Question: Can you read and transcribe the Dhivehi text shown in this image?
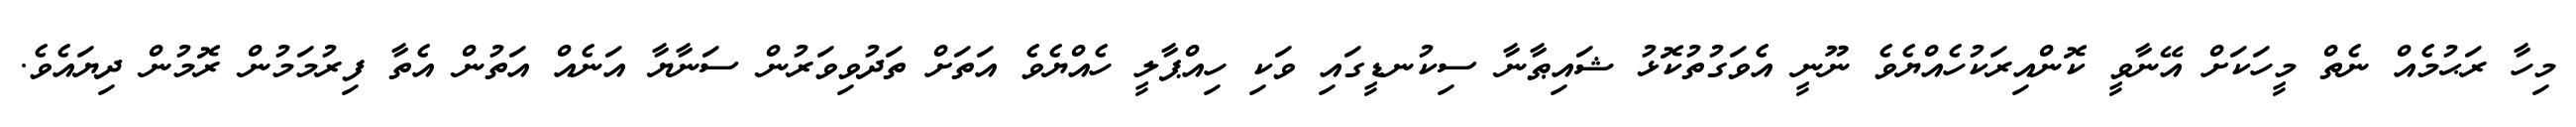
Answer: މިހާ ރަޙުމެއް ނެތް މީހަކަށް އޭނާވީ ކޮންއިރަކުހެއްޔެވެ ނޫނީ އެވަގުތުކޮޅު ޝައިޠާނާ ސިކުނޑީގައި ވަކި ހިއްޕާލީ ހެއްޔެވެ އަތަށް ތަދުވިވަރުން ސަނާޔާ އަނެއް އަތުން އެތާ ފިރުމަމުން ރޮމުން ދިޔައެވެ.